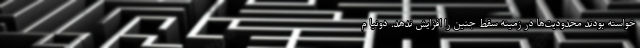
خواسته بودند محدودیت‌ها در زمینه سقط جنین را افزایش ندهد. دونیا م